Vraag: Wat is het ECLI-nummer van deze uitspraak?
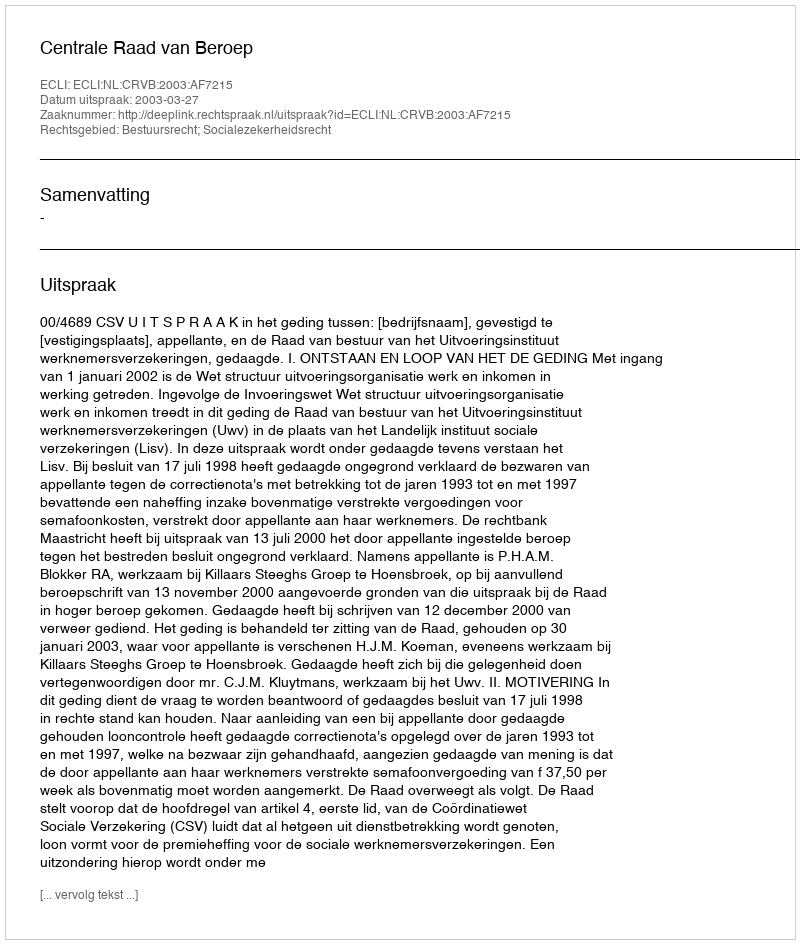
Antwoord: ECLI:NL:CRVB:2003:AF7215